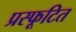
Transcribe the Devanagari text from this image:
प्रस्फूटित